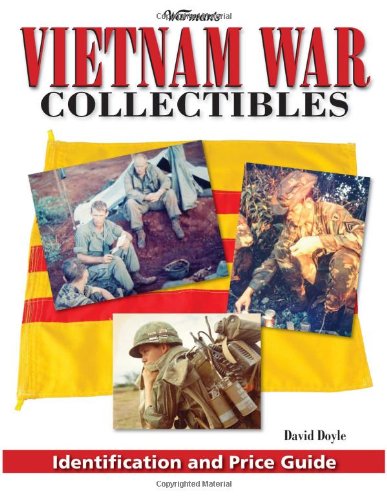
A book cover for Warman's Vietnam War Collectibles: Identification and Price Guide (Warmans); David Doyle; Crafts, Hobbies & Home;